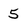
Character: 5